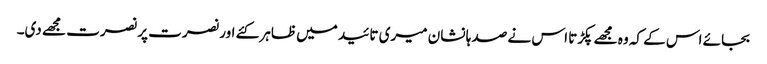
بجائے اس کے کہ وہ مجھے پکڑتا اس نے صد ہا نشان میری تائید میں ظاہر کئے اور نصرت پر نصرت مجھے دی۔